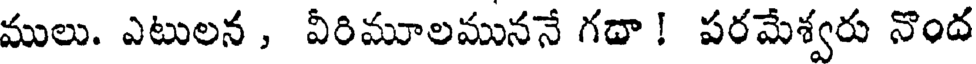
ములు. ఎటులన , వీరిమూలముననే గదా ! పరమేశ్వరు నొంద